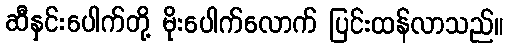
ဆီနှင်းပေါက်တို့ မိုးပေါက်လောက် ပြင်းထန်လာသည်။